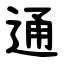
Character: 通